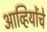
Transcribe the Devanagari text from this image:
आव्हियोंचे